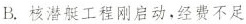
B.核潜艇工程刚启动，经费不足